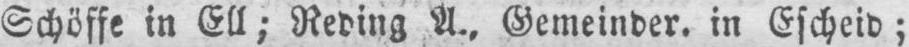
Schöffe in Ell; Reding A.‚ Gemeinder. in Escheid;